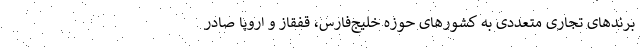
برندهای تجاری متعددی به کشورهای حوزه خلیج‌فارس، قفقاز و اروپا صادر